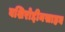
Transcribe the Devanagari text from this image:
बशिरोद्दीनसाहब